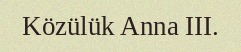
Közülük Anna III.